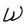
Character: W